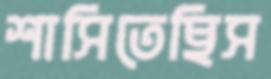
শাসিতেছিস